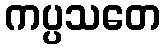
ကပ္ပသတေ